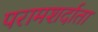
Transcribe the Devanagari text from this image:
परामशर्दाता